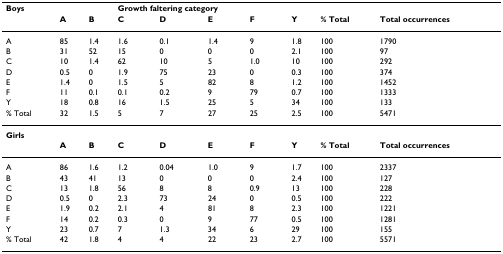
<table><thead><tr><td><b>Boys</b></td><td></td><td></td><td colspan="4"><b>Growth faltering category</b></td><td></td><td></td><td></td></tr><tr><td></td><td><b>A</b></td><td><b>B</b></td><td><b>C</b></td><td><b>D</b></td><td><b>E</b></td><td><b>F</b></td><td><b>Y</b></td><td><b>% Total</b></td><td><b>Total occurrences</b></td></tr></thead><tbody><tr><td>A</td><td>85</td><td>1.4</td><td>1.6</td><td>0.1</td><td>1.4</td><td>9</td><td>1.8</td><td>100</td><td>1790</td></tr><tr><td>B</td><td>31</td><td>52</td><td>15</td><td>0</td><td>0</td><td>0</td><td>2.1</td><td>100</td><td>97</td></tr><tr><td>C</td><td>10</td><td>1.4</td><td>62</td><td>10</td><td>5</td><td>1.0</td><td>10</td><td>100</td><td>292</td></tr><tr><td>D</td><td>0.5</td><td>0</td><td>1.9</td><td>75</td><td>23</td><td>0</td><td>0.3</td><td>100</td><td>374</td></tr><tr><td>E</td><td>1.4</td><td>0</td><td>1.5</td><td>5</td><td>82</td><td>8</td><td>1.2</td><td>100</td><td>1452</td></tr><tr><td>F</td><td>11</td><td>0.1</td><td>0.1</td><td>0.2</td><td>9</td><td>79</td><td>0.7</td><td>100</td><td>1333</td></tr><tr><td>Y</td><td>18</td><td>0.8</td><td>16</td><td>1.5</td><td>25</td><td>5</td><td>34</td><td>100</td><td>133</td></tr><tr><td>% Total</td><td>32</td><td>1.5</td><td>5</td><td>7</td><td>27</td><td>25</td><td>2.5</td><td>100</td><td>5471</td></tr><tr><td><b>Girls</b></td><td></td><td></td><td></td><td></td><td></td><td></td><td></td><td></td><td></td></tr><tr><td></td><td><b>A</b></td><td><b>B</b></td><td><b>C</b></td><td><b>D</b></td><td><b>E</b></td><td><b>F</b></td><td><b>Y</b></td><td><b>% Total</b></td><td><b>Total occurrences</b></td></tr><tr><td>A</td><td>86</td><td>1.6</td><td>1.2</td><td>0.04</td><td>1.0</td><td>9</td><td>1.7</td><td>100</td><td>2337</td></tr><tr><td>B</td><td>43</td><td>41</td><td>13</td><td>0</td><td>0</td><td>0</td><td>2.4</td><td>100</td><td>127</td></tr><tr><td>C</td><td>13</td><td>1.8</td><td>56</td><td>8</td><td>8</td><td>0.9</td><td>13</td><td>100</td><td>228</td></tr><tr><td>D</td><td>0.5</td><td>0</td><td>2.3</td><td>73</td><td>24</td><td>0</td><td>0.5</td><td>100</td><td>222</td></tr><tr><td>E</td><td>1.9</td><td>0.2</td><td>2.1</td><td>4</td><td>81</td><td>8</td><td>2.3</td><td>100</td><td>1221</td></tr><tr><td>F</td><td>14</td><td>0.2</td><td>0.3</td><td>0</td><td>9</td><td>77</td><td>0.5</td><td>100</td><td>1281</td></tr><tr><td>Y</td><td>23</td><td>0.7</td><td>7</td><td>1.3</td><td>34</td><td>6</td><td>29</td><td>100</td><td>155</td></tr><tr><td>% Total</td><td>42</td><td>1.8</td><td>4</td><td>4</td><td>22</td><td>23</td><td>2.7</td><td>100</td><td>5571</td></tr></tbody></table>